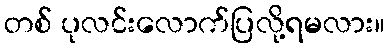
တစ် ပုလင်းလောက်ပြလို့ရမလား။